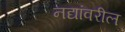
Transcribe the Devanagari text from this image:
नद्यांवरील